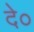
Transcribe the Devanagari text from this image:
दे०